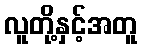
လူတို့နှင့်အတူ